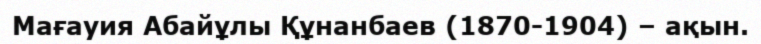
Мағауия Абайұлы Құнанбаев (1870-1904) – ақын.